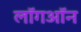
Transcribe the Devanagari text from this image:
लॉगऑन